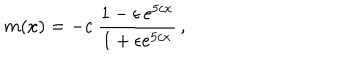
m ( x ) = - c ~ \frac { 1 - \epsilon \, e ^ { 5 c x } } { 1 + \epsilon e ^ { 5 c x } } \, ,